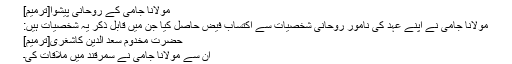
مولانا جامی کے روحانی پیشوا[ترمیم]
مولانا جامی نے اپنے عہد کی نامور روحانی شخصیات سے اکتسابِ فیض حاصل کیا جن میں قابل ذکر یہ شخصیات ہیں:
حضرت مخدوم سعد الدین کاشغری[ترمیم]
اِن سے مولانا جامی نے سمرقند میں ملاقات کی۔